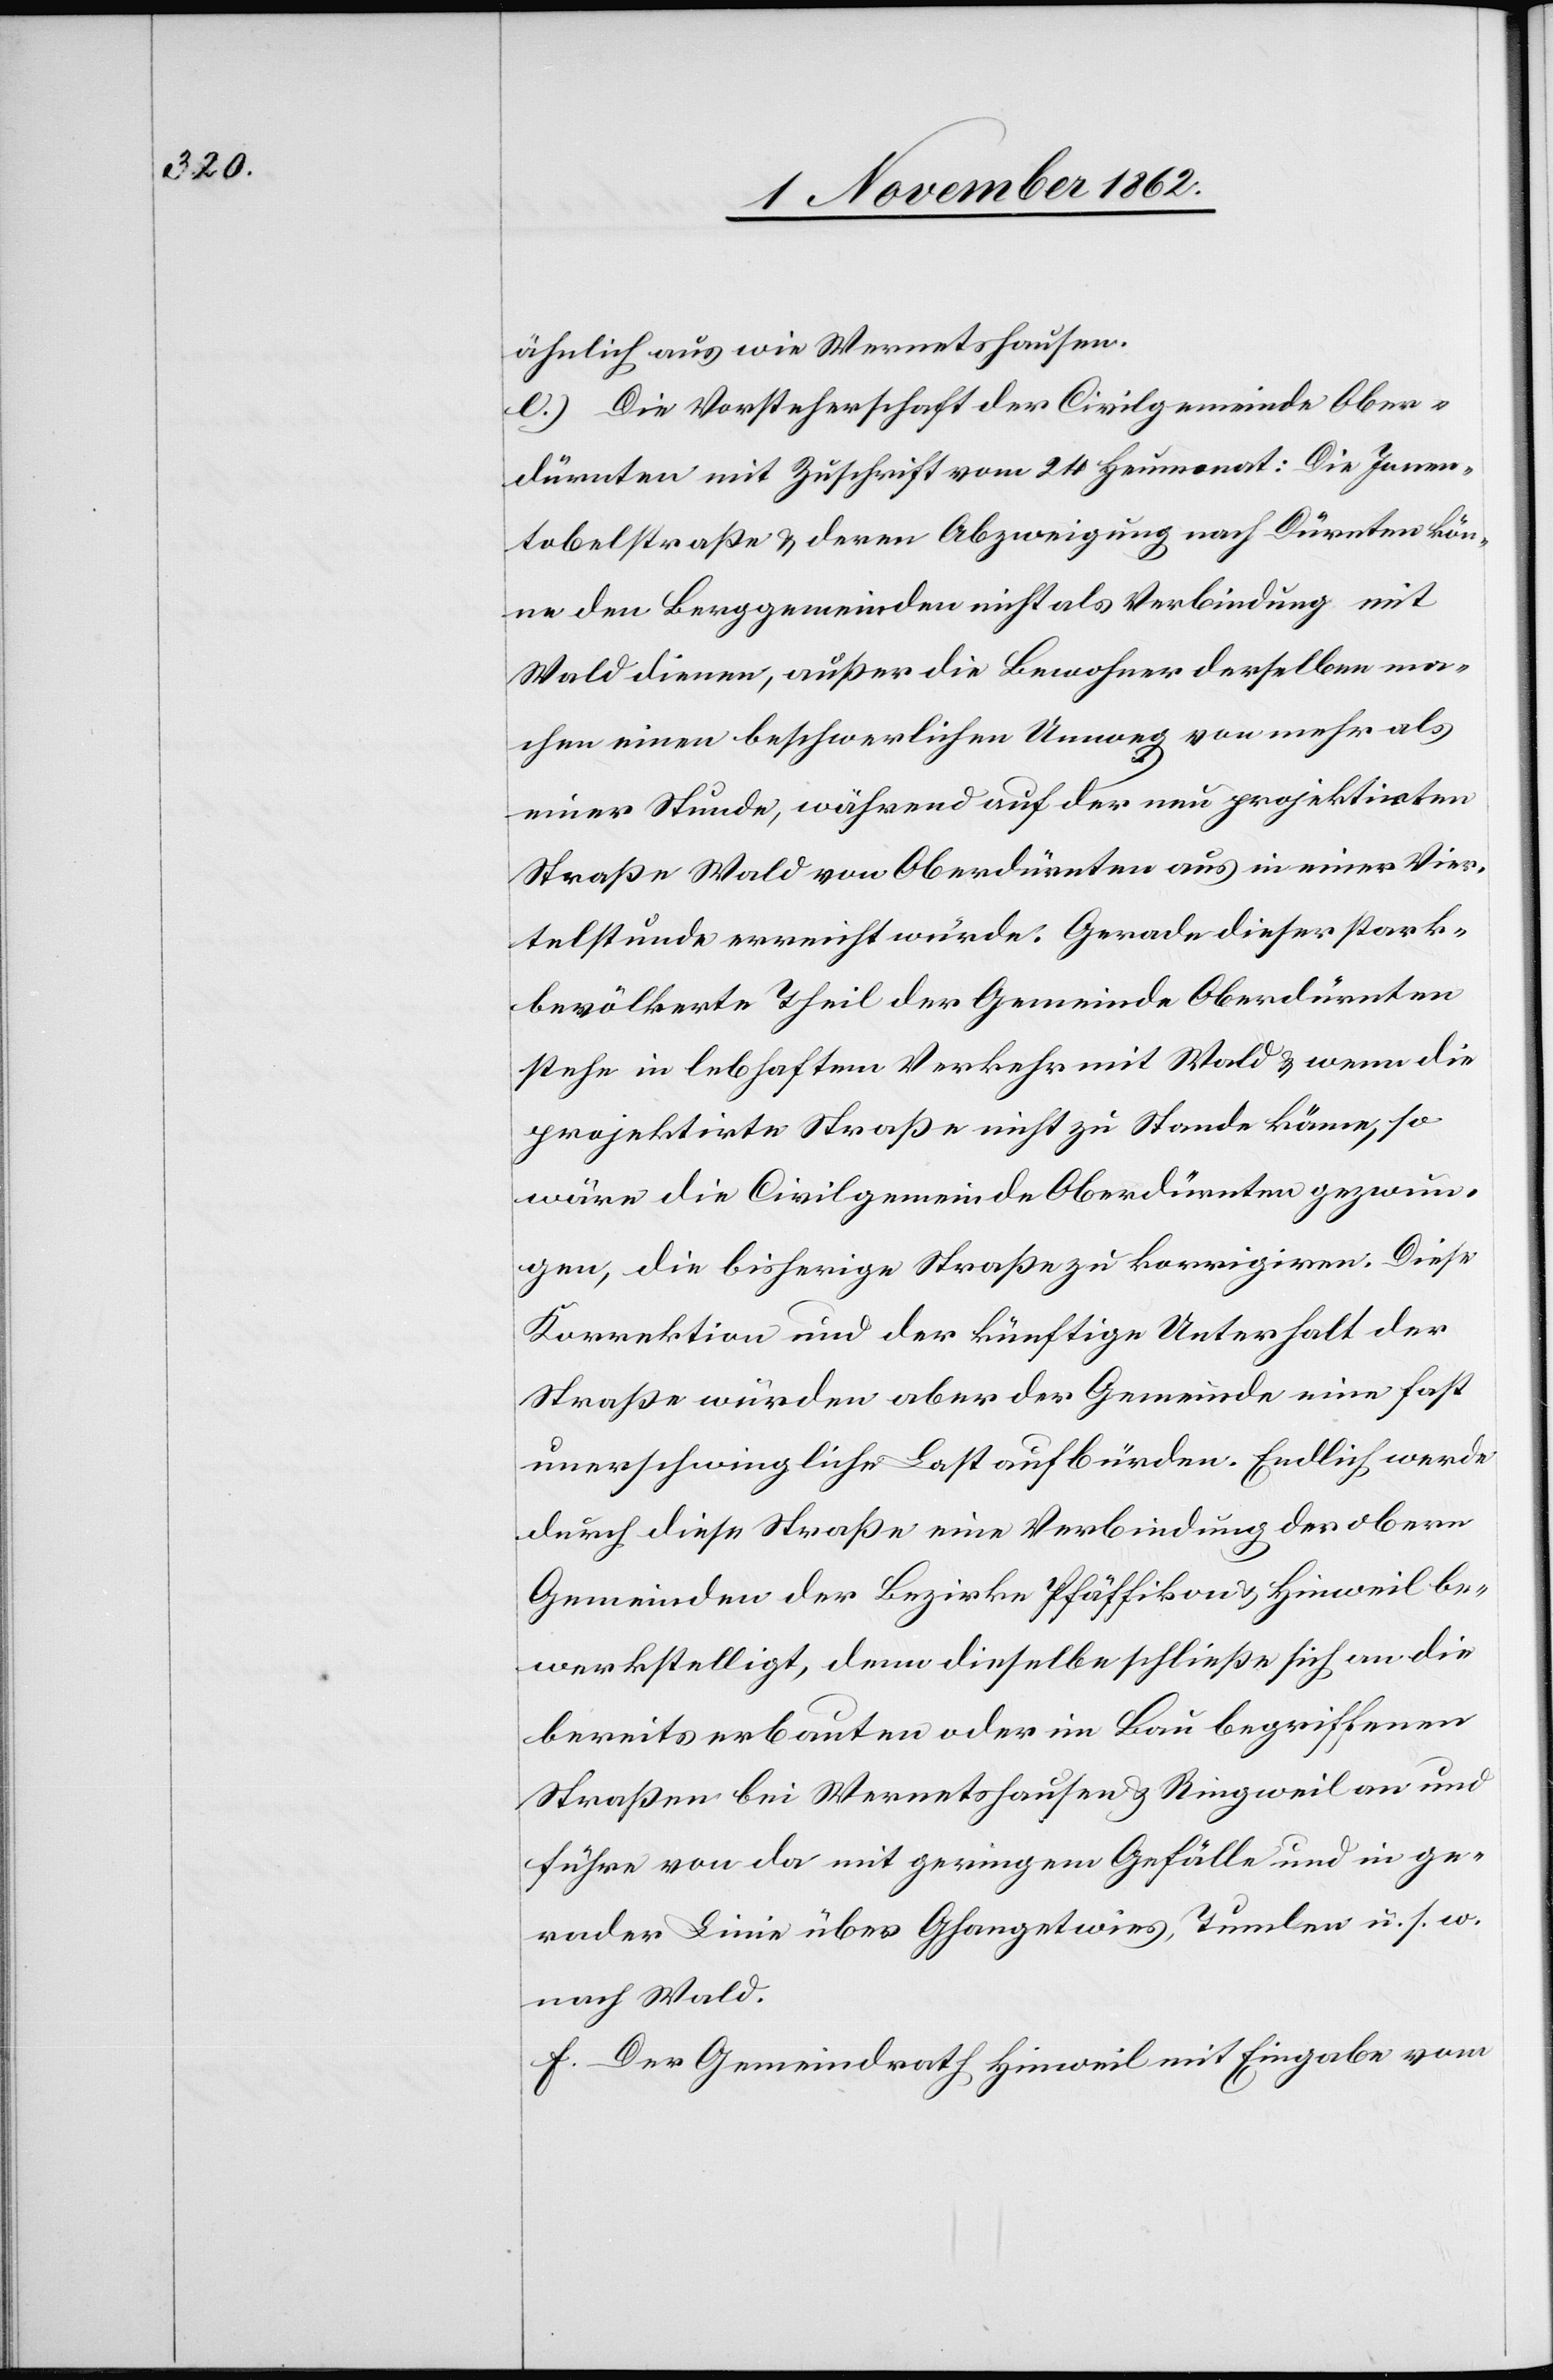
ähnlich aus wie Wernetshausen.
e) Die Vorsteherschaft der Civilgemeinde Ober¬
dürnten mit Zuschrift vom 24. Heumonat: Die Jonen¬
tobelstraße u. deren Abzweigung nach Dürnten kön¬
ne den Berggemeinden nicht als Verbindung mit
Wald dienen, außer die Bewohner derselben ma¬
chen einen beschwerlichen Umweg von mehr als
einer Stunde, während auf der neu projektirten
Straße Wald von Oberdürnten aus in einer Vier¬
telstunde erreicht würde. Gerade dieser stark¬
bevölkerte Theil der Gemeinde Oberdürnten
stehe in lebhaftem Verkehr mit Wald u. wenn die
projektirte Straße nicht zu Stande käme, so
wäre die Civilgemeinde Oberdürnten gezwun¬
gen, die bisherige Straße zu korrigiren. Diese
Korrektion und der künftige Unterhalt der
Straße würden aber der Gemeinde eine fast
unerschwingliche Last aufbürden. Endlich werde
durch diese Straße eine Verbindung der obern
Gemeinden der Bezirke Pfäffikon u. Hinweil be¬
werkstelligt, denn dieselbe schließe sich an die
bereits erbauten oder im Bau begriffenen
Straßen bei Wernetshausen u. Ringweil an und
führe von da mit geringem Gefälle und in ge¬
rader Linie über Ghangetwies, Tumlen u. s. w.
nach Wald.
f) Der Gemeindrath Hinweil mit Eingabe vom